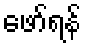
ဖော်ရန်